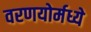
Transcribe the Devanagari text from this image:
वरणयोर्मध्ये